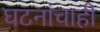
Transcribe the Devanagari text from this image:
घटनांचाही